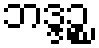
ဘဒ္ဒဉ္စ